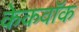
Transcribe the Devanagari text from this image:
केकवॉक